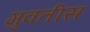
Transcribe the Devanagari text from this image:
मुक्तीस